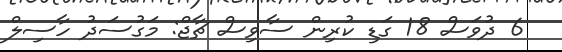
6 ދުވަސް 18 ގަޑި ކުރިން ސާވިސް ޗާޖް: މަގުސަދު ހާސިލް